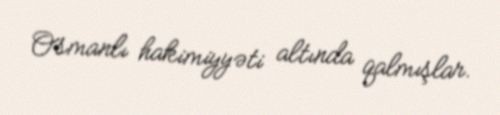
Osmanlı hakimiyyəti altında qalmışlar.